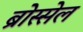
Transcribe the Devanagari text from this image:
ब्रोस्सेल